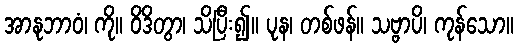
အာနုဘာဝံ၊ ကို။ ဝိဒိတွာ၊ သိပြီး၍။ ပုန၊ တစ်ဖန်။ သဗ္ဗာပိ၊ ကုန်သော။